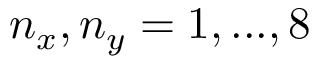
n _ { x } , n _ { y } = 1 , . . . , 8